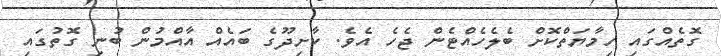
ގޮތެއްގައި ހިމާޔަތްކޮށް ބެލެހެއްޓެން ޖެހެ އެވެ. ކާށިދޫގެ ބައެއް އާއްމުން ބުނި ގޮތުގައި